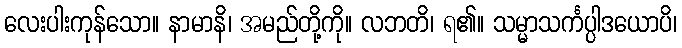
လေးပါးကုန်သော။ နာမာနိ၊ အမည်တို့ကို။ လဘတိ၊ ရ၏။ သမ္မာသင်္ကပ္ပါဒယောပိ၊